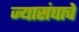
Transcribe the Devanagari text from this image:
ज्यासंघाचे